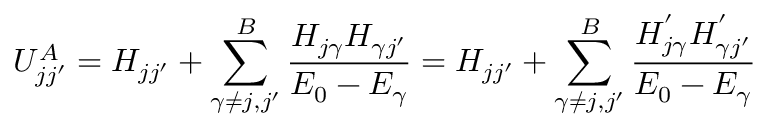
U _ { j j ^ { \prime } } ^ { A } = H _ { j j ^ { \prime } } + \sum _ { \gamma \neq j , j ^ { \prime } } ^ { B } { \frac { H _ { j \gamma } H _ { \gamma j ^ { \prime } } } { E _ { 0 } - E _ { \gamma } } } = H _ { j j ^ { \prime } } + \sum _ { \gamma \neq j , j ^ { \prime } } ^ { B } { \frac { H _ { j \gamma } ^ { ' } H _ { \gamma j ^ { \prime } } ^ { ' } } { E _ { 0 } - E _ { \gamma } } }